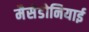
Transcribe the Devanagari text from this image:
मैसेडोनियाई